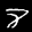
Label: 8